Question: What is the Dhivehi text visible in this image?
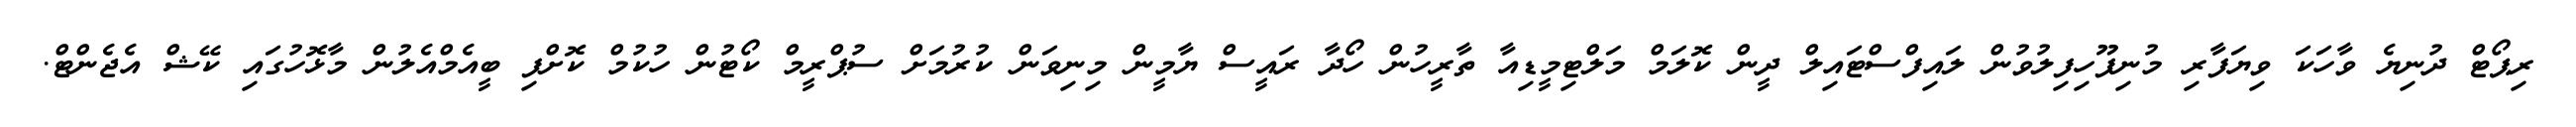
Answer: ރިޕޯޓް ދުނިޔެ ވާހަކަ ވިޔަފާރި މުނިފޫހިފިލުވުން ލައިފްސްޓައިލް ދީން ކޮލަމް މަލްޓިމީޑިއާ ތާރީހުން ހޯދާ ރައީސް ޔާމީން މިނިވަން ކުރުމަށް ސުޕްރީމް ކޯޓުން ހުކުމް ކޮށްފި ބީއެމްއެލުން މާޅޮހުގައި ކޭޝް އެޖެންޓް.